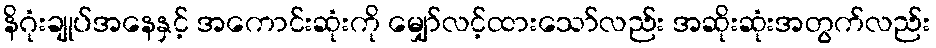
နိဂုံးချုပ်အနေနှင့် အကောင်းဆုံးကို မျှော်လင့်ထားသော်လည်း အဆိုးဆုံးအတွက်လည်း